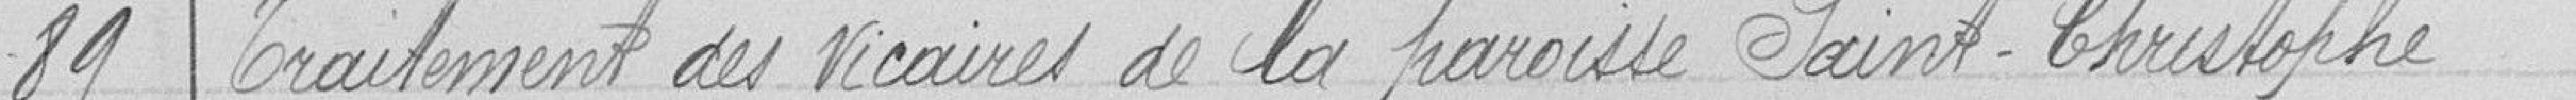
89 Traitement des vicaires de la paroisse Saint-Christophe